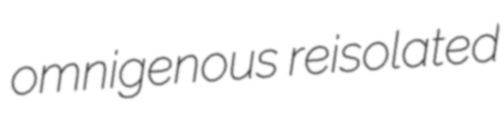
omnigenous reisolated